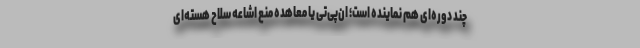
چند دوره‌ای هم نماینده است؛ ان‌پی‌تی یا معاهده منع اشاعه سلاح هسته‌ای